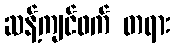
ဆန့်ကျင်ဖက် တရား